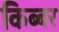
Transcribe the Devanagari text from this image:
किब्‍बर